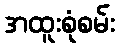
အထူးစုံစမ်း